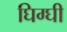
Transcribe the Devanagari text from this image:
घिग्घी